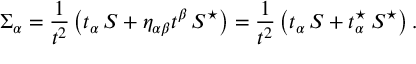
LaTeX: \Sigma _ { \alpha } = { \frac { 1 } { t ^ { 2 } } } \left( t _ { \alpha } \, S + \eta _ { \alpha \beta } t ^ { \beta } \, S ^ { \star } \right) = { \frac { 1 } { t ^ { 2 } } } \left( t _ { \alpha } \, S + t _ { \alpha } ^ { \star } \, S ^ { \star } \right) .